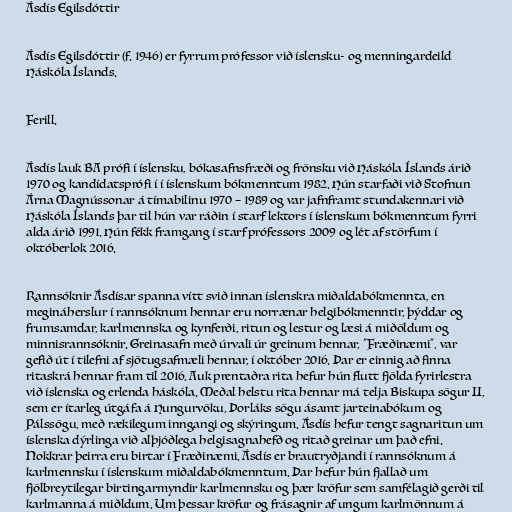
Ásdís Egilsdóttir

Ásdís Egilsdóttir (f. 1946) er fyrrum prófessor við íslensku- og menningardeild
Háskóla Íslands.

Ferill.

Ásdís lauk BA prófi í íslensku, bókasafnsfræði og frönsku við Háskóla Íslands árið
1970 og kandídatsprófi í í íslenskum bókmenntum 1982. Hún starfaði við Stofnun
Árna Magnússonar á tímabilinu 1970 – 1989 og var jafnframt stundakennari við
Háskóla Íslands þar til hún var ráðin í starf lektors í íslenskum bókmenntum fyrri
alda árið 1991. Hún fékk framgang í starf prófessors 2009 og lét af störfum í
októberlok 2016.

Rannsóknir Ásdísar spanna vítt svið innan íslenskra miðaldabókmennta, en
megináherslur í rannsóknum hennar eru norrænar helgibókmenntir, þýddar og
frumsamdar, karlmennska og kynferði, ritun og lestur og læsi á miðöldum og
minnisrannsóknir. Greinasafn með úrvali úr greinum hennar, "Fræðinæmi", var
gefið út í tilefni af sjötugsafmæli hennar, í október 2016. Þar er einnig að finna
ritaskrá hennar fram til 2016. Auk prentaðra rita hefur hún flutt fjölda fyrirlestra
við íslenska og erlenda háskóla. Meðal helstu rita hennar má telja Biskupa sögur II,
sem er ítarleg útgáfa á Hungurvöku, Þorláks sögu ásamt jarteinabókum og
Pálssögu, með rækilegum inngangi og skýringum. Ásdís hefur tengt sagnaritun um
íslenska dýrlinga við alþjóðlega helgisagnahefð og ritað greinar um það efni.
Nokkrar þeirra eru birtar í Fræðinæmi. Ásdís er brautryðjandi í rannsóknum á
karlmennsku í íslenskum miðaldabókmenntum. Þar hefur hún fjallað um
fjölbreytilegar birtingarmyndir karlmennsku og þær kröfur sem samfélagið gerði til
karlmanna á miðldum. Um þessar kröfur og frásagnir af ungum karlmönnum á